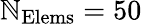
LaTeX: \mathbb{N}_{\mathrm{{Elems}}}=50